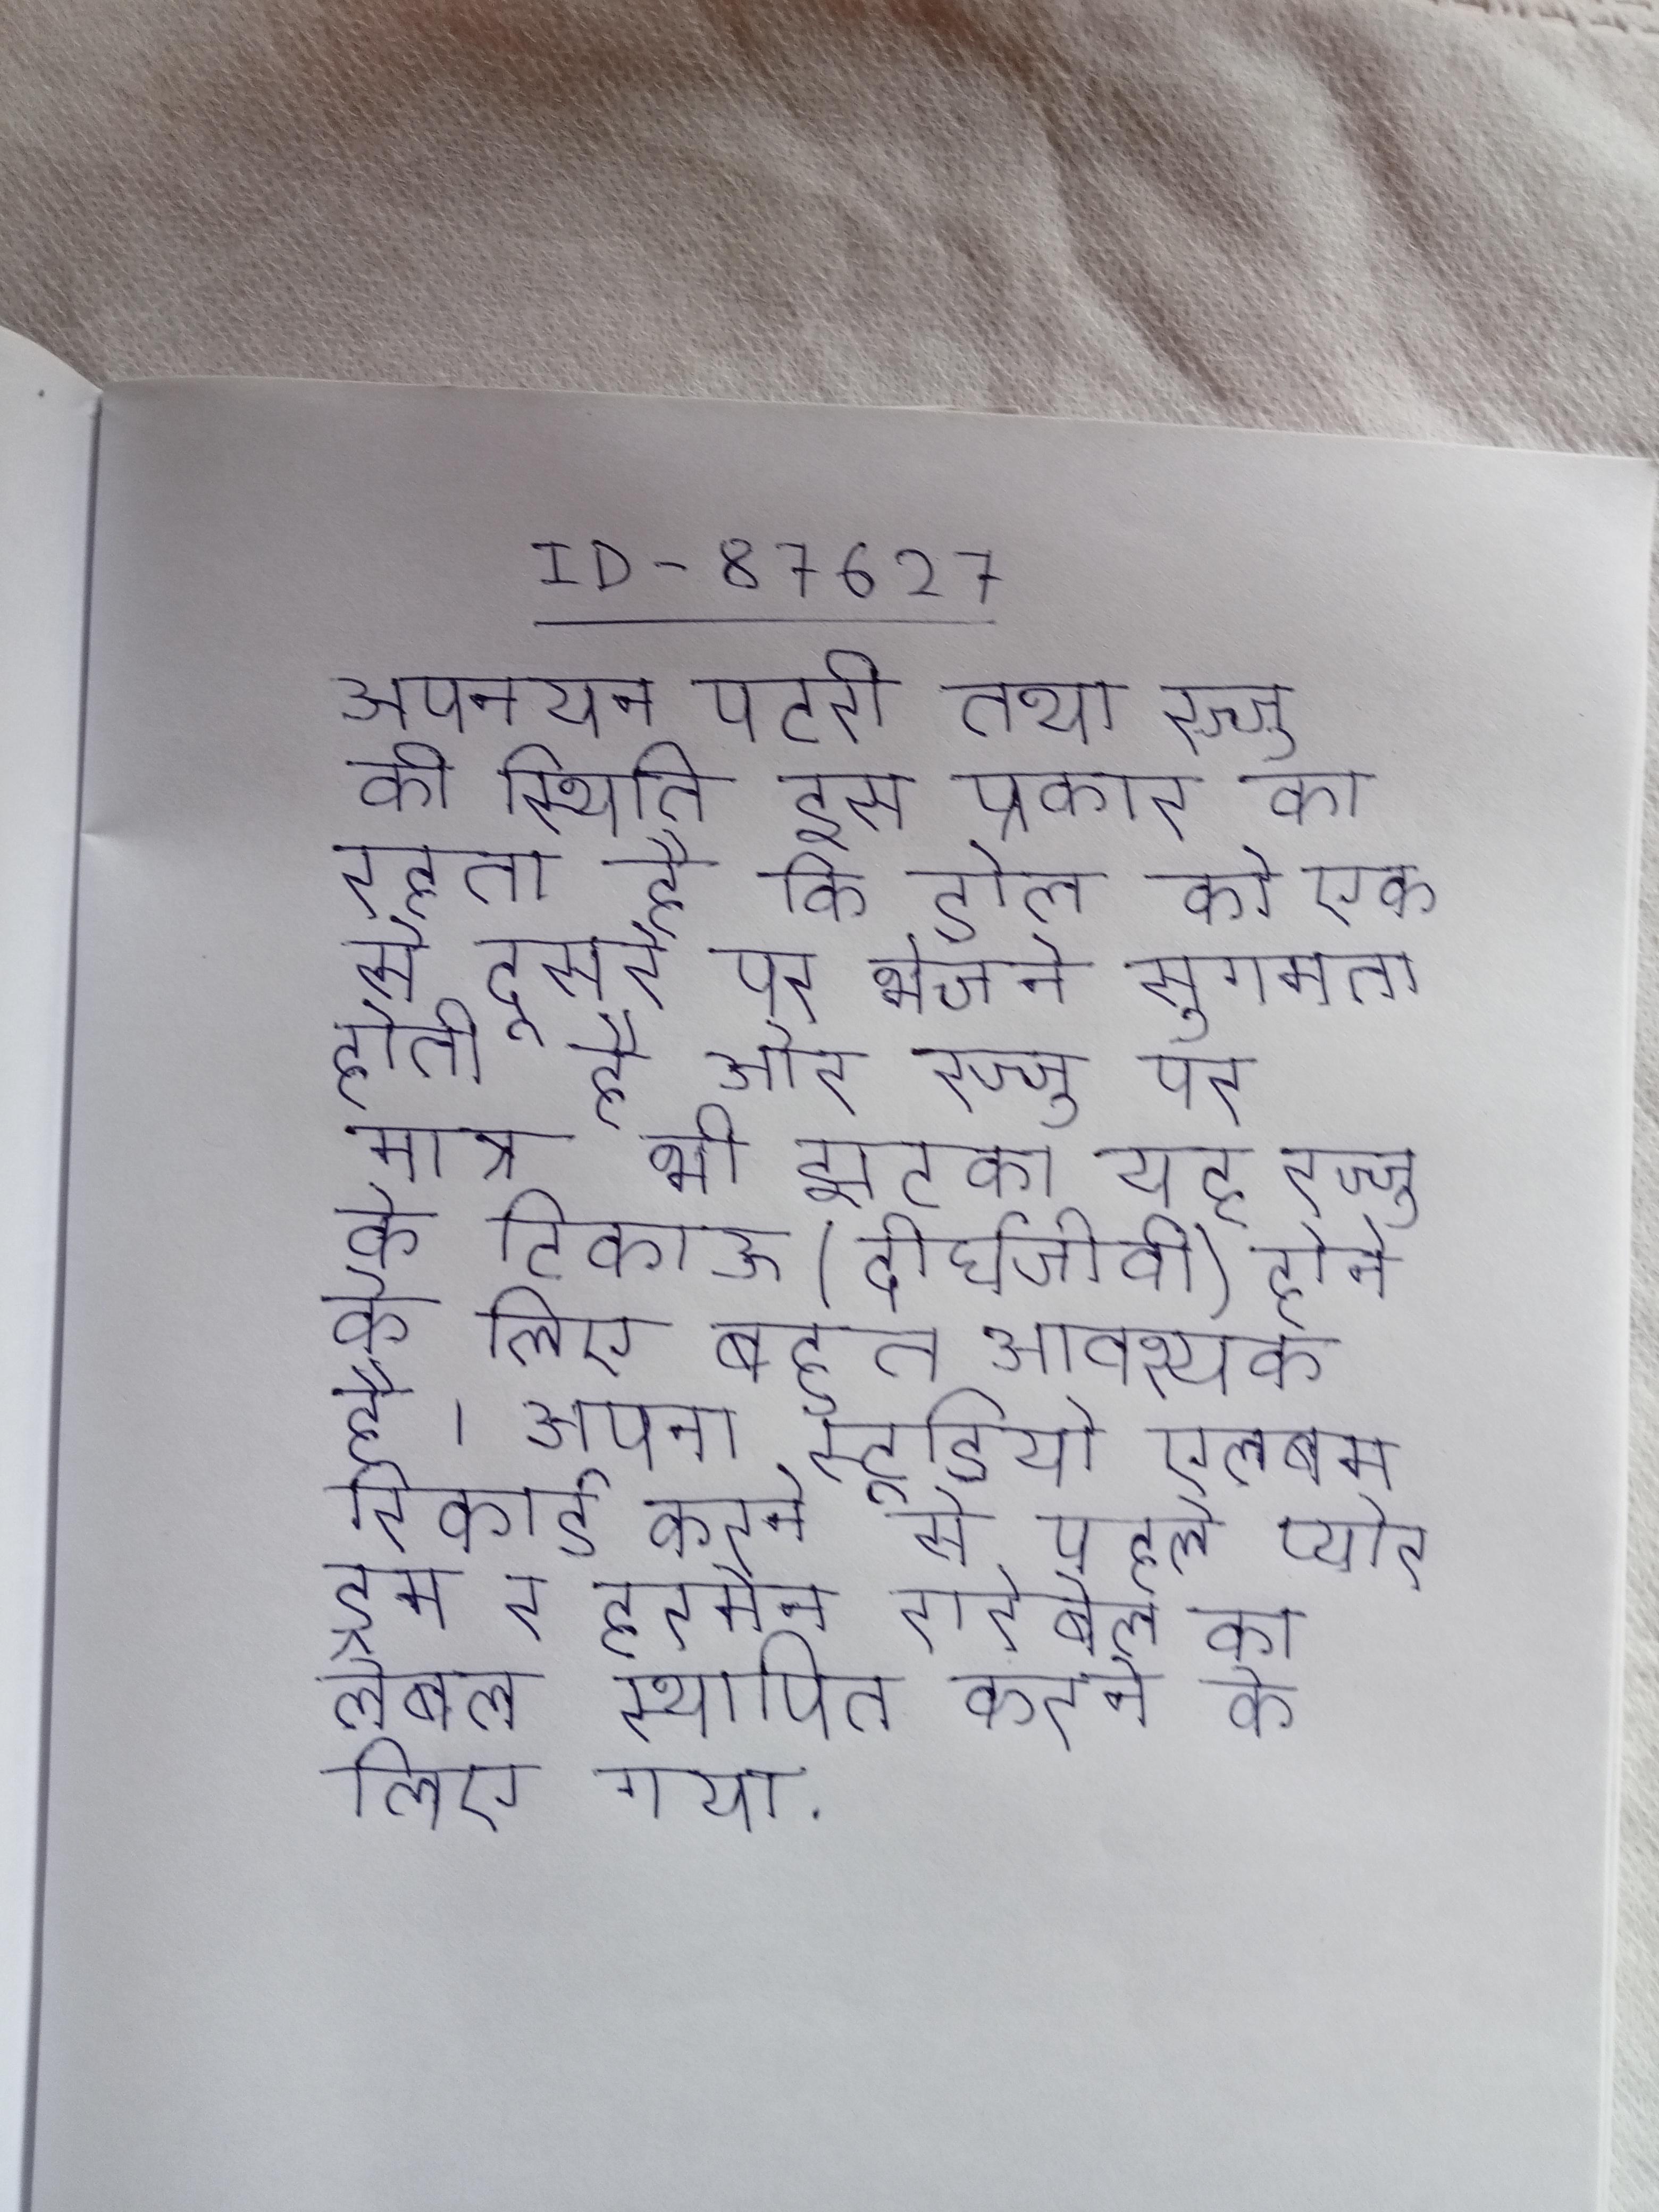
अपनयन पटरी तथा रज्जु की स्थिति इस प्रकार का रहता है कि डोल को एक से दूसरे पर भेजने सुगमता होती है और रज्जु पर मात्र भी झटका यह रज्जु के टिकाऊ (दीर्घजीवी) होने के लिए बहुत आवश्यक है । अपना स्टूडियो एलबम रिकार्ड करने से पहले प्योर ड्रम र हरमेन रारेबेल का लेबल स्थापित करने के लिए गया .